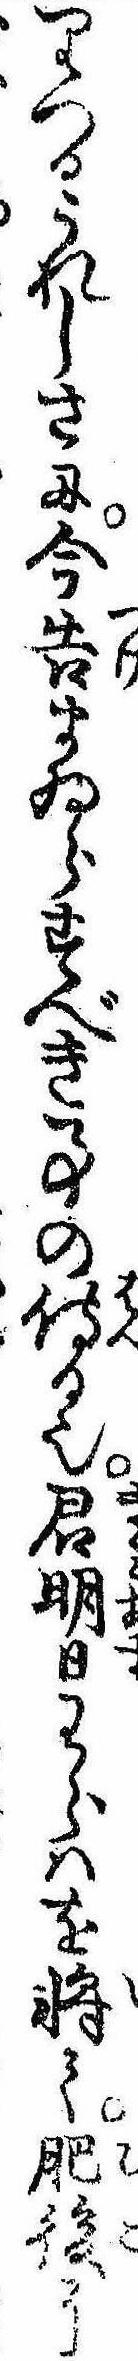
りつるうれしさに今告まゐらすべき事の侍る也君明日わらはを将て肥後に